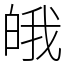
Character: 皒